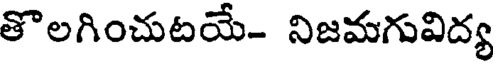
తొలగించుటయే- నిజమగువిద్య